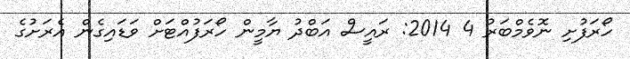
ހޯރަފުށި ނޮވެމްބަރު 4 2014: ރައީސް އަބްދު ޔާމީން ހޯރަފުއްޓަށް ވަޑައިގެން އެރަށުގެ